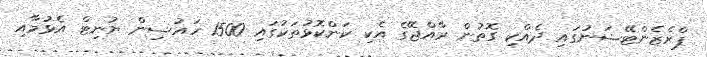
ޕްރެޒެންޓޭޝަނުގައި ދެއްކި ގޮތުން ރާއްޖޭގެ އެކި ކަންކޮޅުތަކުގައި 1500 ހައުސިން ޔުނިޓް އެޅުމާއި